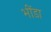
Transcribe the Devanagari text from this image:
भींडा